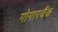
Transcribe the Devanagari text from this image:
गोगारबैंक